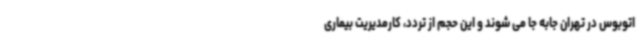
اتوبوس در تهران جابه جا می شوند و این حجم از تردد، کارمدیریت بیماری